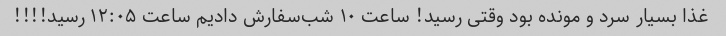
غذا بسیار سرد و مونده بود وقتی رسید! ساعت ۱۰ شب‌سفارش دادیم ساعت ۱۲:۰۵ رسید!!!!